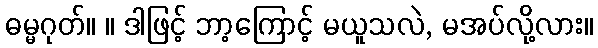
ဓမ္မဂုတ်။ ။ ဒါဖြင့် ဘာ့ကြောင့် မယူသလဲ, မအပ်လို့လား။